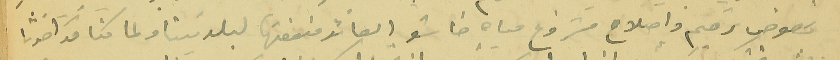
بخصوص ترميم واصلاح مشروع مياه خاشو العائد منفعتها لبلديتنا ولما كنا قد اخذنا